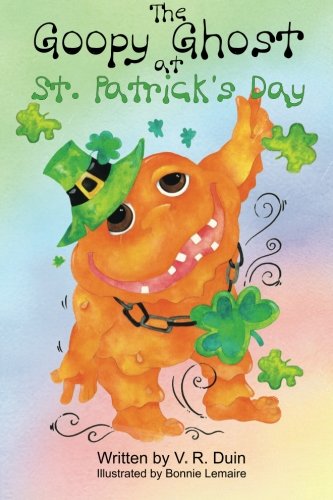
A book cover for The Goopy Ghost at St. Patrick's Day; V. R. Duin; Children's Books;